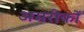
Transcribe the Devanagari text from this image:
अमरीकों